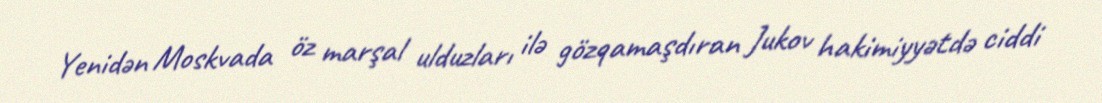
Yenidən Moskvada öz marşal ulduzları ilə gözqamaşdıran Jukov hakimiyyətdə ciddi